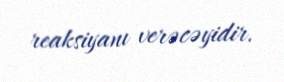
reaksiyanı verəcəyidir.